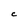
Character: C